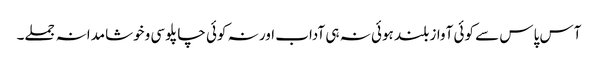
آس پاس سے کوئی آواز بلند ہوئی نہ ہی آداب اور نہ کوئی چاپلوسی وخوشامدانہ جملے۔